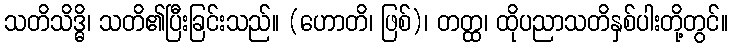
သတိသိဒ္ဓိ၊ သတိ၏ပြီးခြင်းသည်။ (ဟောတိ၊ ဖြစ်)၊ တတ္ထ၊ ထိုပညာသတိနှစ်ပါးတို့တွင်။